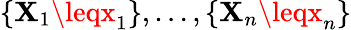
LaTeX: \{ \mathbf{X}_{1}\leqx_{1}\} ,\ldots,\{ \mathbf{X}_{n}\leqx_{n}\}